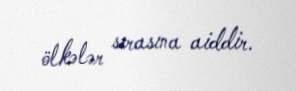
ölkələr sırasına aiddir.